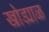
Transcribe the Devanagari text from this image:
खोड्याळ